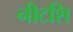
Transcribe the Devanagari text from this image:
नीटशि